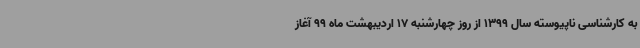
به کارشناسی ناپیوسته سال 1399 از روز چهارشنبه 17 اردیبهشت ماه 99 آغاز